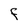
Character: F